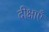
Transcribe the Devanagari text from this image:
दीक्षाएँ